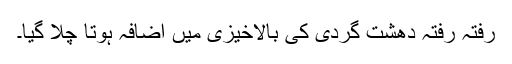
رفتہ رفتہ دھشت گردی کی بالاخیزی میں اضافہ ہوتا چلا گیا۔